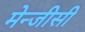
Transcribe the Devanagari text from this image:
मेन्जीसी